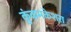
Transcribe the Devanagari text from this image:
कुंकमकेशरा